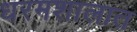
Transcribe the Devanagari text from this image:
धरमशालात